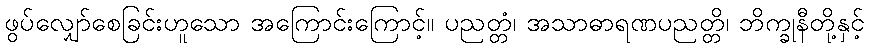
ဖွပ်လျှော်စေခြင်းဟူသော အကြောင်းကြောင့်။ ပညတ္တံ၊ အသာဓာရဏပညတ္တိ၊ ဘိက္ခုနီတို့နှင့်